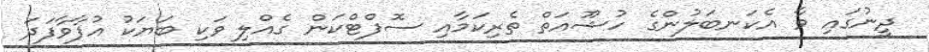
ދީނުގައި ވާ އެކަނބަލުންގެ ހުޝޫއަތް ތެރިކަމާއި ސޮފްޓްކަން ގެއްލި ވަކި ބަޔަކު އުފާވާފަދަ